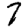
Digit: 7